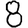
Digit: 8